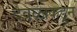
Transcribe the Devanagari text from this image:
देवळाकडून